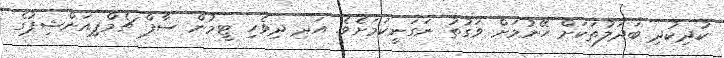
ކުދިކުދި ބަދަލުތަކަށް ހޭނުމަށް ވަގުތު ނަގަނީކަމަށެވެ. އަދި ދިވެހި ޓީމުން ސާފް ޗެމްޕިއަންޝިޕުގެ